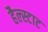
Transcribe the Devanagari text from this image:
हैल्स्टाट